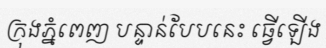
ក្រុងភ្នំពេញ បន្ទាន់បែបនេះ ធ្វើឡើង